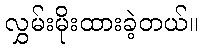
လွှမ်းမိုးထားခဲ့တယ်။